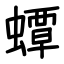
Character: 蟫